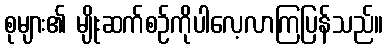
စုများ၏ မျိုးဆက်စဉ်ကိုပါလေ့လာကြပြန်သည်။